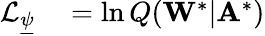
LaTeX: \begin{array}{rl}{\mathcal{L}_{\underline{{\psi}}}}&{{}=\ln Q(\mathbf{W}^{*}|\mathbf{A}^{*})}\end{array}